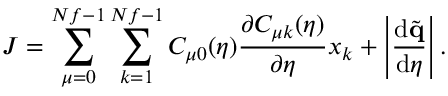
J = \sum _ { \mu = 0 } ^ { N f - 1 } \sum _ { k = 1 } ^ { N f - 1 } C _ { \mu 0 } ( \eta ) \frac { \partial C _ { \mu k } ( \eta ) } { \partial \eta } x _ { k } + \left| \frac { \mathrm { d } \tilde { \mathbf { q } } } { \mathrm { d } \eta } \right| .